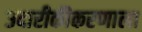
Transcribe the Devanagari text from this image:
उदारीकीकरणाला